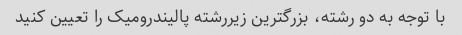
با توجه به دو رشته، بزرگترین زیررشته پالیندرومیک را تعیین کنید